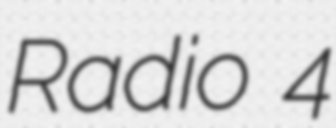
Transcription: Radio 4